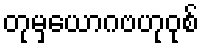
တုမှယောဂဗဟုဝုစ်